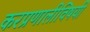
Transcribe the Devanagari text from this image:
करप्रणालीविषयी